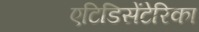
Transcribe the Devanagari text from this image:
एटिडिसेंटेरिका